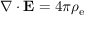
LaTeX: \nabla \cdot \mathbf { E } = 4 \pi \rho _ { \mathrm { e } }